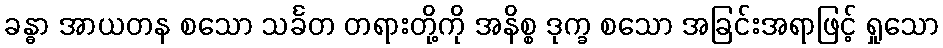
ခန္ဓာ အာယတန စသော သင်္ခတ တရားတို့ကို အနိစ္စ ဒုက္ခ စသော အခြင်းအရာဖြင့် ရှုသော